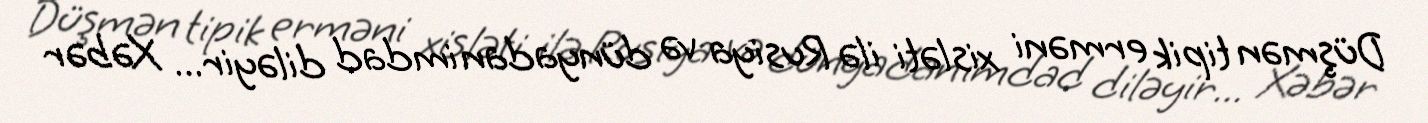
Düşmən tipik erməni xisləti ilə Rusiya və dünyadan imdad diləyir... Xəbər